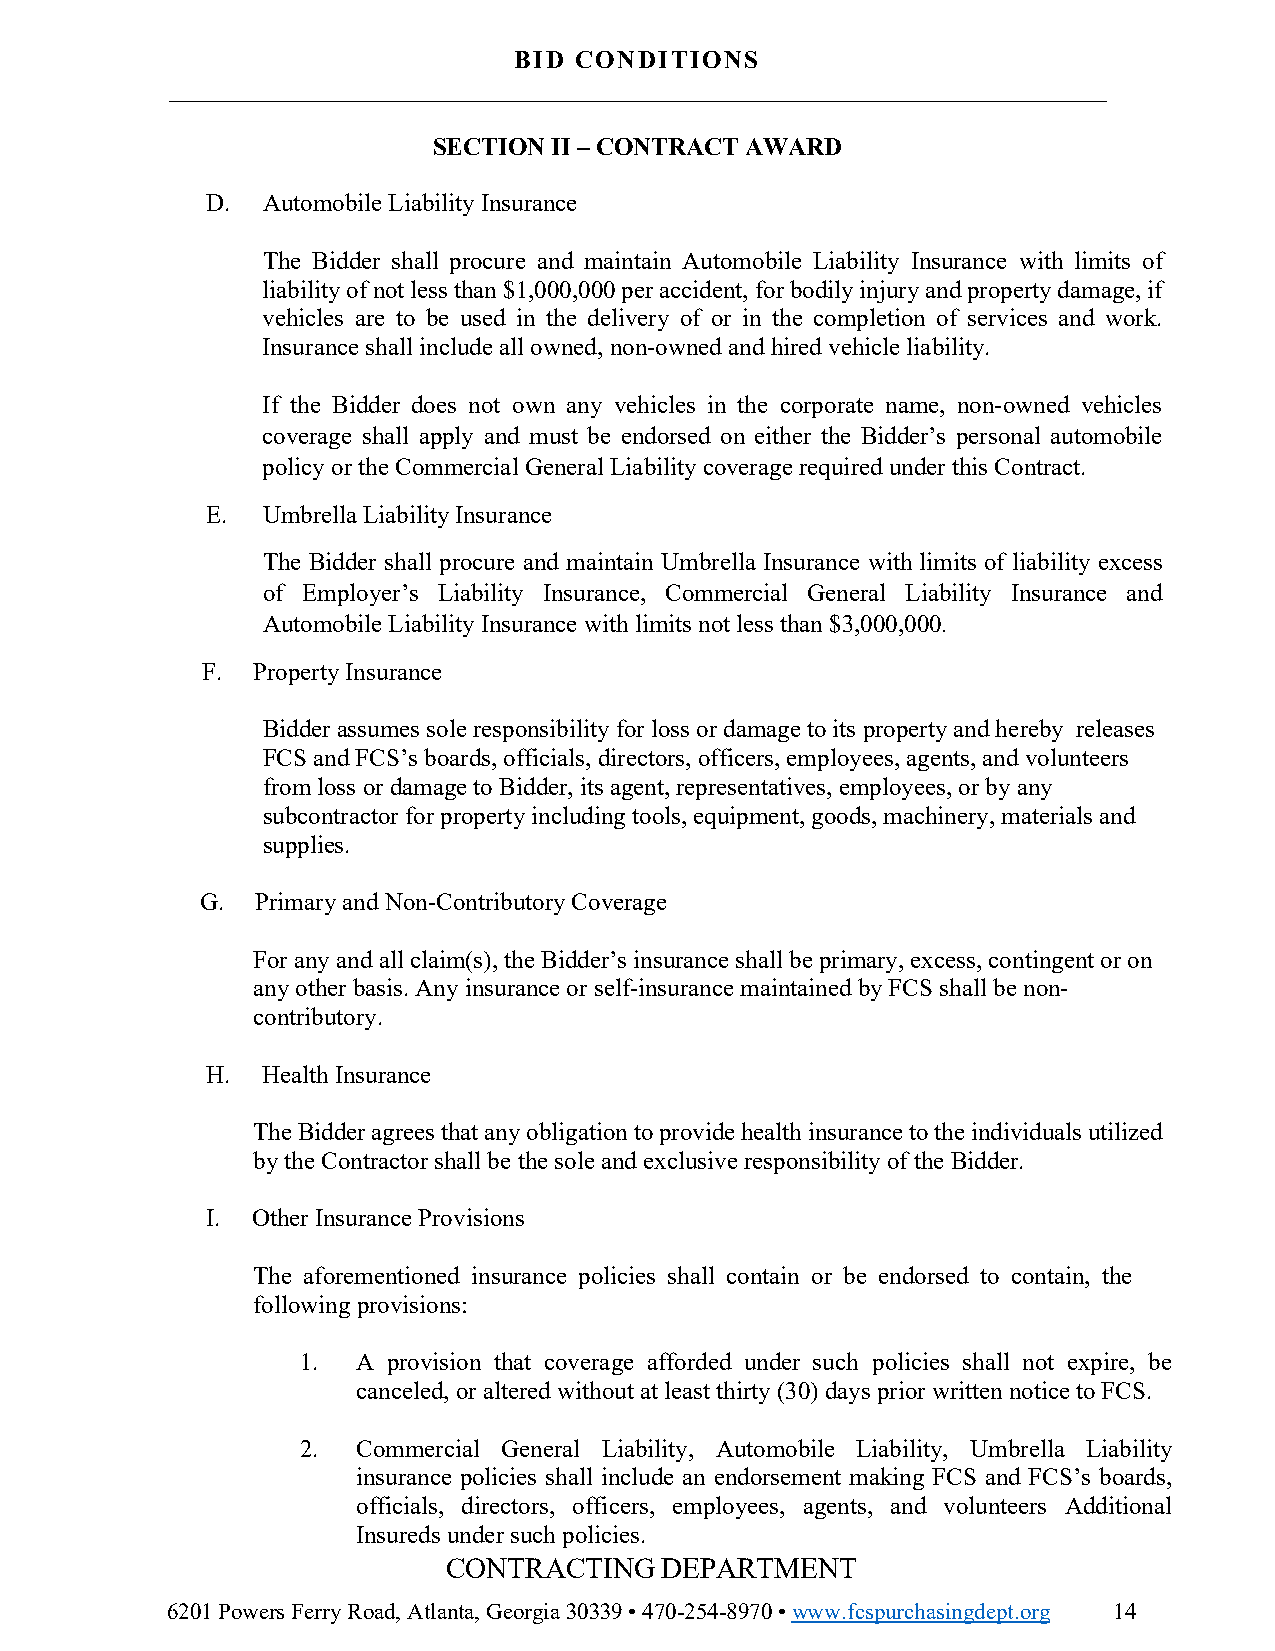
BID CONDITIONS
 ___________________________________________________________________________
 SECTION II – CONTRACT AWARD
 D. Automobile Liability Insurance
 The Bidder shall procure and maintain Automobile Liability Insurance with limits of
 liability of not less than $1,000,000 per accident, for bodily injury and property damage, if
 vehicles are to be used in the delivery of or in the completion of services and work.
 Insurance shall include all owned, non-owned and hired vehicle liability.
 If the Bidder does not own any vehicles in the corporate name, non-owned vehicles
 coverage shall apply and must be endorsed on either the Bidder’s personal automobile
 policy or the Commercial General Liability coverage required under this Contract.
 E. Umbrella Liability Insurance
 The Bidder shall procure and maintain Umbrella Insurance with limits of liability excess
 of Employer’s Liability Insurance, Commercial General Liability Insurance and
 Automobile Liability Insurance with limits not less than $3,000,000.
 F.  Property Insurance
 Bidder assumes sole responsibility for loss or damage to its property and hereby releases
 FCS and FCS’s boards, officials, directors, officers, employees, agents, and volunteers
 from loss or damage to Bidder, its agent, representatives, employees, or by any
 subcontractor for property including tools, equipment, goods, machinery, materials and
 supplies.
 G.  Primary and Non-Contributory Coverage
 For any and all claim(s), the Bidder’s insurance shall be primary, excess, contingent or on
 any other basis. Any insurance or self-insurance maintained by FCS shall be non-
 contributory.
 H. Health Insurance
 The Bidder agrees that any obligation to provide health insurance to the individuals utilized
 by the Contractor shall be the sole and exclusive responsibility of the Bidder.
 I. Other Insurance Provisions
 The aforementioned insurance policies shall contain or be endorsed to contain, the
 following provisions:
 1.  A provision that coverage afforded under such policies shall not expire, be
 canceled, or altered without at least thirty (30) days prior written notice to FCS.
 2.  Commercial General Liability, Automobile Liability, Umbrella Liability
 insurance policies shall include an endorsement making FCS and FCS’s boards,
 officials, directors, officers, employees, agents, and volunteers Additional
 Insureds under such policies.
 CONTRACTING   DEPARTMENT
 6201 Powers Ferry Road, Atlanta, Georgia 30339 • 470-254-8970 • www.fcspurchasingdept.org 14